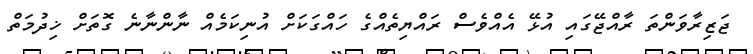
ޖަޒިރާވަންތަ ރާއްޖޭގައި އުޅޭ އެއްވެސް ރައްޔިތެއްގެ ހައްގަކަށް އުނިކަމެއް ނާންނާނެ ގޮތަށް ޚިދުމަތް